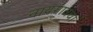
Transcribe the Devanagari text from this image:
नायगावचा